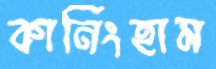
কানিংহাম